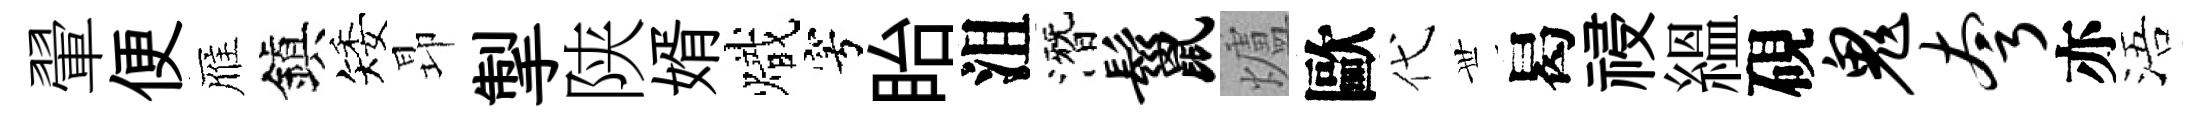
翬便雁鎭矮昻掣陕婿熾穹眙沮潛鬣爐歐代𠀍曷祲緼硯鬼夸亦浯